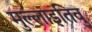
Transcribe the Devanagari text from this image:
मुल्लाइतिवु